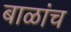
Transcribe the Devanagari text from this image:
बाळांच